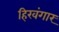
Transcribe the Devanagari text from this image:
हिरवंगार